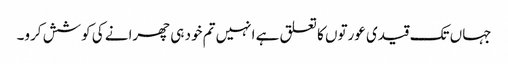
جہاں تک قیدی عورتوں کا تعلق ہے انہیں تم خود ہی چھرانے کی کوشش کرو۔